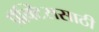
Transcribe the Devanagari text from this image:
प्रॅक्टिससाठी